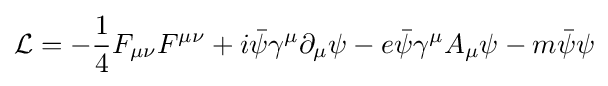
{\mathcal {L}}=-{\frac {1}{4}}F_{\mu \nu }F^{\mu \nu }+i{\bar {\psi }}\gamma ^{\mu }\partial _{\mu }\psi -e{\bar {\psi }}\gamma ^{\mu }A_{\mu }\psi -m{\bar {\psi }}\psi